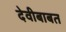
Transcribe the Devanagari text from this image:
देवीबाबत